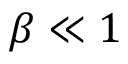
\beta \ll 1